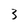
Character: 3